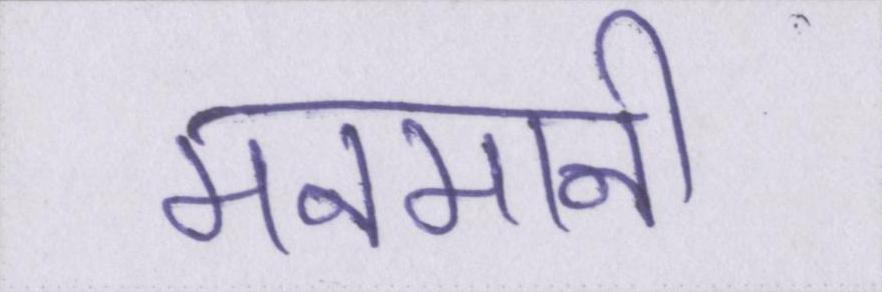
मनमानी